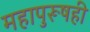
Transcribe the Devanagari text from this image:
महापुरूषही